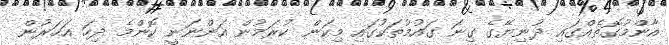
އާންމުގޮތެއްގައި ދުނިޔޭގެ ގިނަ ގައުމުތަކުގައި މިކަން ކުރަމުން އަންނަނީ ކޮންމެ ދިހަ އަހަރުން